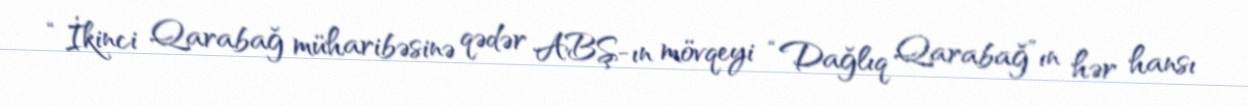
“İkinci Qarabağ müharibəsinə qədər ABŞ-ın mövqeyi “Dağlıq Qarabağ”ın hər hansı